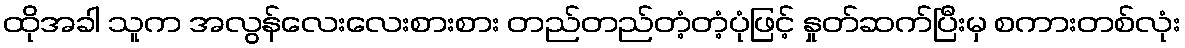
ထိုအခါ သူက အလွန်လေးလေးစားစား တည်တည်တံ့တံ့ပုံဖြင့် နှုတ်ဆက်ပြီးမှ စကားတစ်လုံး